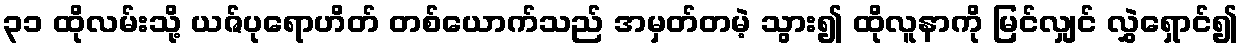
၃၁ ထိုလမ်းသို့ ယဇ်ပုရောဟိတ် တစ်ယောက်သည် အမှတ်တမဲ့ သွား၍ ထိုလူနာကို မြင်လျှင် လွှဲရှောင်၍